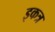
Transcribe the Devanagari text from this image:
इकत्र